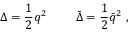
\Delta = { \frac { 1 } { 2 } } q ^ { 2 } \ \qquad \bar { \Delta } = { \frac { 1 } { 2 } } \bar { q } ^ { 2 } \ ,